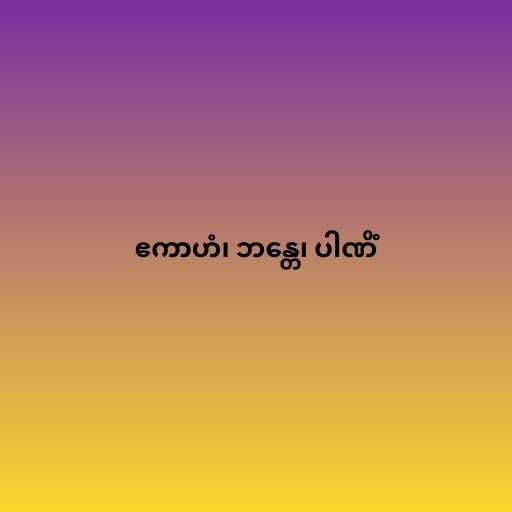
ဧကာဟံ၊ ဘန္တေ၊ ပါဏိံ